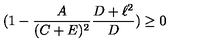
( 1 - \frac { A } { ( C + E ) ^ { 2 } } \frac { D + \ell ^ { 2 } } { D } ) \geq 0